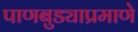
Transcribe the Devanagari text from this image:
पाणबुड्याप्रमाणे